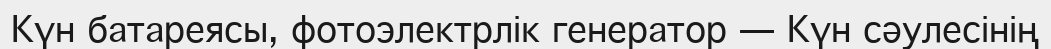
Күн батареясы, фотоэлектрлік генератор — Күн сәулесінің